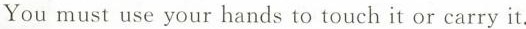
You must use your hands to touch it or carry it.